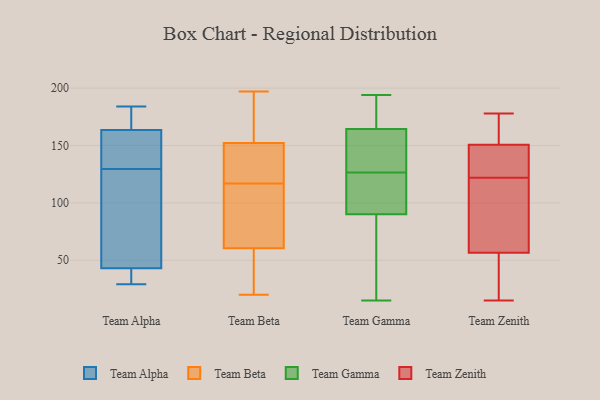
{"axis": {"x": "Satisfaction Score", "y": "Value"}, "legend": ["Team Alpha", "Team Beta", "Team Gamma", "Team Zenith"], "data": [{"x": "", "y": 120, "type": "Team Alpha"}, {"x": "", "y": 184, "type": "Team Alpha"}, {"x": "", "y": 129, "type": "Team Alpha"}, {"x": "", "y": 34, "type": "Team Alpha"}, {"x": "", "y": 151, "type": "Team Alpha"}, {"x": "", "y": 29, "type": "Team Alpha"}, {"x": "", "y": 177, "type": "Team Alpha"}, {"x": "", "y": 36, "type": "Team Alpha"}, {"x": "", "y": 43, "type": "Team Alpha"}, {"x": "", "y": 43, "type": "Team Alpha"}, {"x": "", "y": 130, "type": "Team Alpha"}, {"x": "", "y": 171, "type": "Team Alpha"}, {"x": "", "y": 135, "type": "Team Alpha"}, {"x": "", "y": 111, "type": "Team Alpha"}, {"x": "", "y": 156, "type": "Team Alpha"}, {"x": "", "y": 178, "type": "Team Alpha"}, {"x": "", "y": 149, "type": "Team Beta"}, {"x": "", "y": 120, "type": "Team Beta"}, {"x": "", "y": 81, "type": "Team Beta"}, {"x": "", "y": 117, "type": "Team Beta"}, {"x": "", "y": 35, "type": "Team Beta"}, {"x": "", "y": 176, "type": "Team Beta"}, {"x": "", "y": 127, "type": "Team Beta"}, {"x": "", "y": 20, "type": "Team Beta"}, {"x": "", "y": 41, "type": "Team Beta"}, {"x": "", "y": 140, "type": "Team Beta"}, {"x": "", "y": 162, "type": "Team Beta"}, {"x": "", "y": 111, "type": "Team Beta"}, {"x": "", "y": 179, "type": "Team Beta"}, {"x": "", "y": 197, "type": "Team Beta"}, {"x": "", "y": 67, "type": "Team Beta"}, {"x": "", "y": 102, "type": "Team Beta"}, {"x": "", "y": 25, "type": "Team Beta"}, {"x": "", "y": 18, "type": "Team Gamma"}, {"x": "", "y": 15, "type": "Team Gamma"}, {"x": "", "y": 59, "type": "Team Gamma"}, {"x": "", "y": 108, "type": "Team Gamma"}, {"x": "", "y": 179, "type": "Team Gamma"}, {"x": "", "y": 141, "type": "Team Gamma"}, {"x": "", "y": 130, "type": "Team Gamma"}, {"x": "", "y": 105, "type": "Team Gamma"}, {"x": "", "y": 75, "type": "Team Gamma"}, {"x": "", "y": 144, "type": "Team Gamma"}, {"x": "", "y": 114, "type": "Team Gamma"}, {"x": "", "y": 163, "type": "Team Gamma"}, {"x": "", "y": 162, "type": "Team Gamma"}, {"x": "", "y": 194, "type": "Team Gamma"}, {"x": "", "y": 166, "type": "Team Gamma"}, {"x": "", "y": 64, "type": "Team Gamma"}, {"x": "", "y": 168, "type": "Team Gamma"}, {"x": "", "y": 110, "type": "Team Gamma"}, {"x": "", "y": 182, "type": "Team Gamma"}, {"x": "", "y": 123, "type": "Team Gamma"}, {"x": "", "y": 78, "type": "Team Zenith"}, {"x": "", "y": 105, "type": "Team Zenith"}, {"x": "", "y": 15, "type": "Team Zenith"}, {"x": "", "y": 57, "type": "Team Zenith"}, {"x": "", "y": 41, "type": "Team Zenith"}, {"x": "", "y": 123, "type": "Team Zenith"}, {"x": "", "y": 178, "type": "Team Zenith"}, {"x": "", "y": 169, "type": "Team Zenith"}, {"x": "", "y": 159, "type": "Team Zenith"}, {"x": "", "y": 122, "type": "Team Zenith"}, {"x": "", "y": 55, "type": "Team Zenith"}, {"x": "", "y": 148, "type": "Team Zenith"}, {"x": "", "y": 125, "type": "Team Zenith"}]}